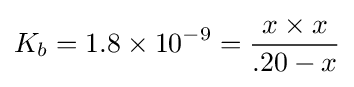
K_{b}=\mathrm {1.8\times 10^{-9}} ={x\times x \over .20-x}